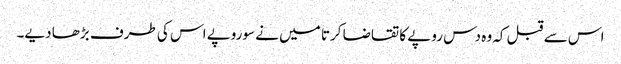
اس سے قبل کہ وہ دس روپے کا تقاضا کرتا میں نے سوروپے اس کی طرف بڑھا دیے۔